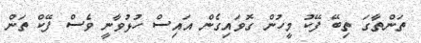
ތަންތާގަ ތިބޭ ފޭކު މީހުން ގޮވައިގެން އައިސް ހުޅުވާނީ ވެސް ފޭކް ތަން